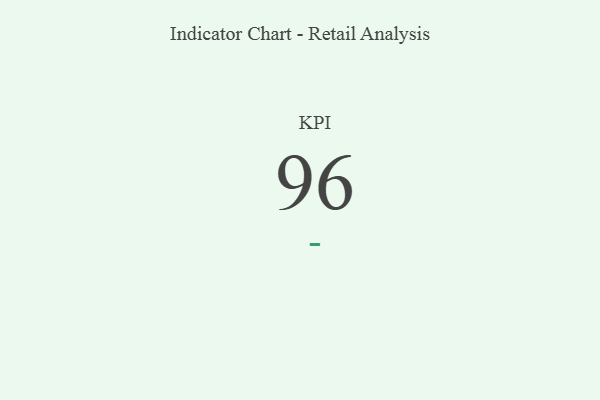
{"axis": {"x": "KPI", "y": "Value"}, "legend": [""], "data": [{"x": "KPI", "y": 96, "type": ""}]}